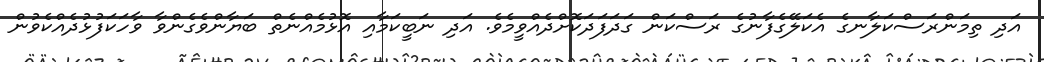
އަދި ތިމަންރަސްކަލާނގެ އެކަލޭގެފާނުގެ ރަސްކަން ގަދަފަދަކޮށްދެއްވީމެވެ. އަދި ނަބީކަމާއި އޮޅުމެއްނެތް ބަޔާންވެގެންވާ ވާހަކަފުޅުދެއްކެވުން